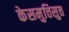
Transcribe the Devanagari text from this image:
केसमुत्तिसुत्त